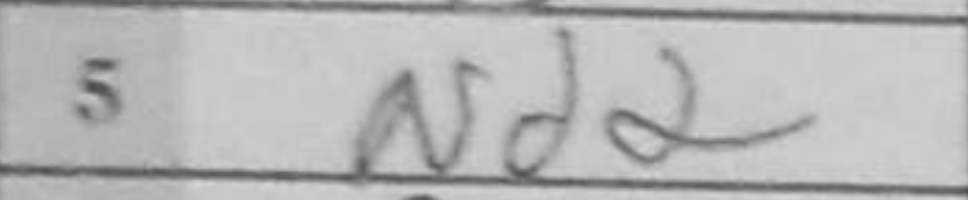
Transcription: Nd2